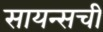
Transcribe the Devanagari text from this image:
सायन्सची